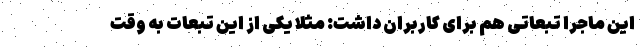
این ماجرا تبعاتی هم برای کاربران داشت: مثلا یکی از این تبعات به وقت